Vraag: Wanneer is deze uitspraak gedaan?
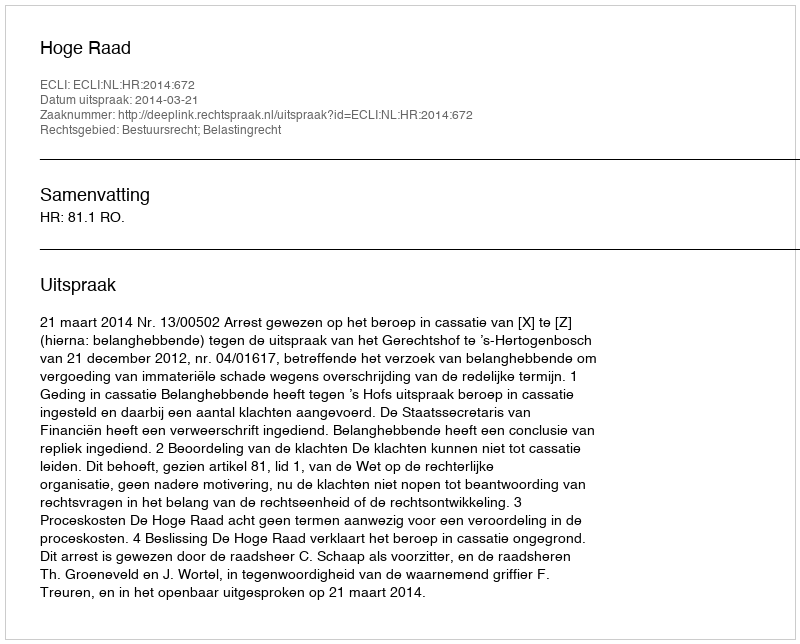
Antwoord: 2014-03-21